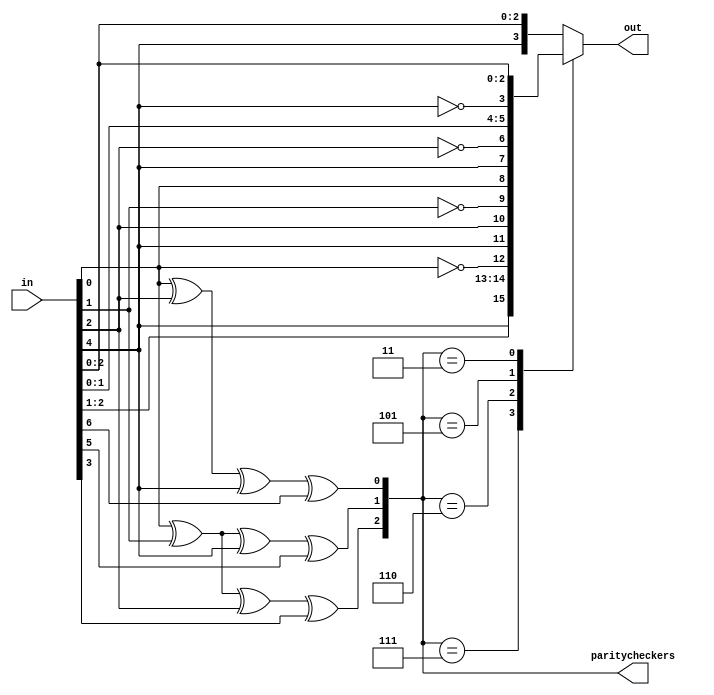

`timescale 10ns / 10ps
module hamming(in,out,paritycheckers);
input wire [0:6]in;
output reg [3:0]out;
output reg [2:0]paritycheckers;

always@(in)
    begin
        paritycheckers[0] = in[6]^in[4]^in[2]^in[0];
        paritycheckers[1] = in[6]^in[5]^in[2]^in[1];
        paritycheckers[2] = in[6]^in[5]^in[4]^in[3];
        ///////////////////////////////////////
        case(paritycheckers)
            3'b111: out = {in[2], in[4], in[5], ~in[6]};
            3'b110: out = {in[2], in[4], ~in[5], in[6]};
            3'b101: out = {in[2], ~in[4], in[5], in[6]};
            3'b011: out = {~in[2], in[4],  in[5], in[6]};
            default: out = {in[2], in[4], in[5], in[6]};
        endcase
    end

endmodule